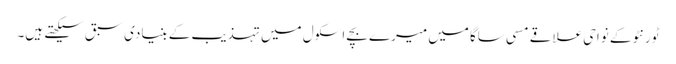
ٹورنٹو کے نواحی علاقے مسی ساگا میں میرے بچے اسکول میں تہذیب کے بنیادی سبق سیکھتے ہیں۔